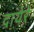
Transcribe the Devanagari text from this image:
दायेरे